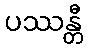
ပဿန္တီ